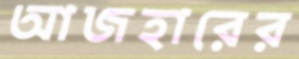
আজহারের